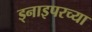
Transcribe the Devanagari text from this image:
ड्नाइपरच्या